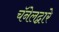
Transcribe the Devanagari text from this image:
चॅनेलद्वारे